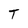
Character: T